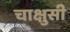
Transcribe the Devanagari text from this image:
चाक्षुसी